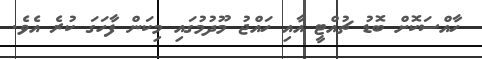
ހާއްސަކޮށް ބޮޑު ޗުއްޓީ އާއި ހައްޖު މޫދުމުގައި މިކަން ފާހަގަ ކުރެ އެވެ.